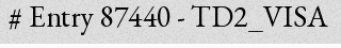
# Entry 87440 - TD2_VISA